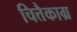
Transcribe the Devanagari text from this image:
चित्तैकाग्र